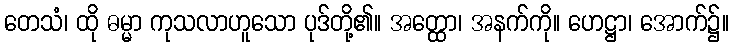
တေသံ၊ ထို ဓမ္မာ ကုသလာဟူသော ပုဒ်တို့၏။ အတ္ထော၊ အနက်ကို။ ဟေဋ္ဌာ၊ အောက်၌။